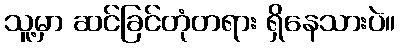
သူ့မှာ ဆင်ခြင်တုံတရား ရှိနေသားပဲ။